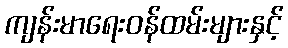
ကျန်းမာရေးဝန်ထမ်းများနှင့်